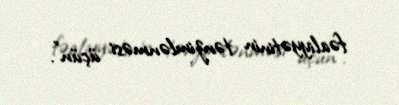
fəaliyyətinin tənzimlənməsi üçün”.